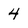
Character: 4